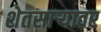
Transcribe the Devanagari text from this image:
शेतसाऱ्यावर